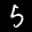
Label: 5